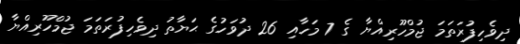
ދިވެހިފުރަތަމަ ޖުމްހޫރިއްޔާ ގެ 7 މަހާއި 26 ދުވަހުގެ ޙަޔާތު ދިވެހިފުރަތަމަ ޖުމްހޫރިއްޔާ